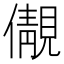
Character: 儬